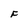
Character: F